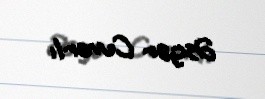
Əsgər Cuvarlı